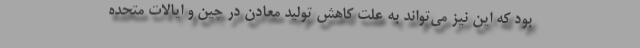
بود که این نیز می‌تواند به علت کاهش تولید معادن در چین و ایالات متحده